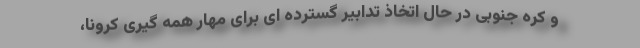
و کره جنوبی در حال اتخاذ تدابیر گسترده ای برای مهار همه گیری کرونا،